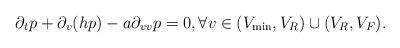
LaTeX: \begin{align*} \partial_{t}p+\partial_{v}(hp)-a\partial_{v v}p=0, \forall v\in (V_{\min},V_R)\cup(V_R,V_F).\end{align*}